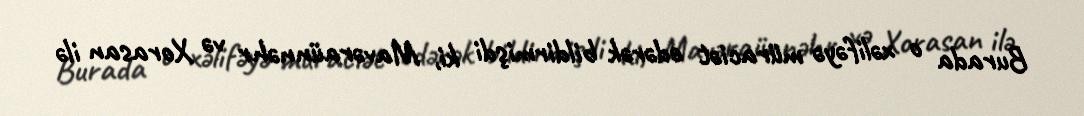
Burada o xəlifəyə müraciət edərək bildirmişdi ki, Mavəraünnəhr və Xorasan ilə